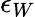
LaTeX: \epsilon_{W}